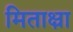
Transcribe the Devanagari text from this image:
मिताक्ष्रा